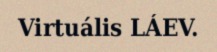
Virtuális LÁEV.